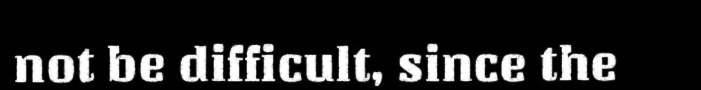
not be difficult, since the